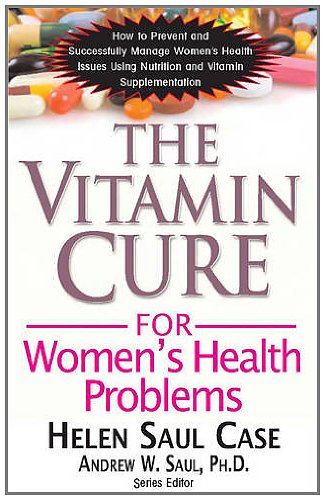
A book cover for The Vitamin Cure for Women's Health Problems; Helen Saul Case; Health, Fitness & Dieting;